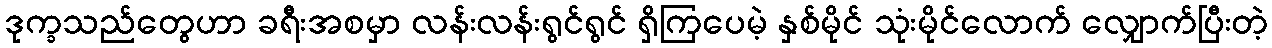
ဒုက္ခသည်တွေဟာ ခရီးအစမှာ လန်းလန်းရွင်ရွင် ရှိကြပေမဲ့ နှစ်မိုင် သုံးမိုင်လောက် လျှောက်ပြီးတဲ့